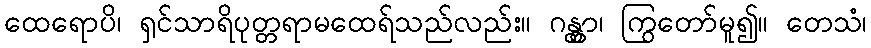
ထေရောပိ၊ ရှင်သာရိပုတ္တရာမထေရ်သည်လည်း။ ဂန္တွာ၊ ကြွတော်မူ၍။ တေသံ၊